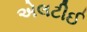
એલટીઈ